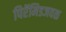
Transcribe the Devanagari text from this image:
पिरॅमिडजवळ